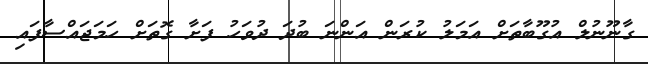
ގާނޫނުލް އުގޫބާތަށް އަމަލު ކުރަން އަންނަ ބުދަ ދުވަހު ފަށާ ގޮތަށް ހަމަޖައްސާފައި